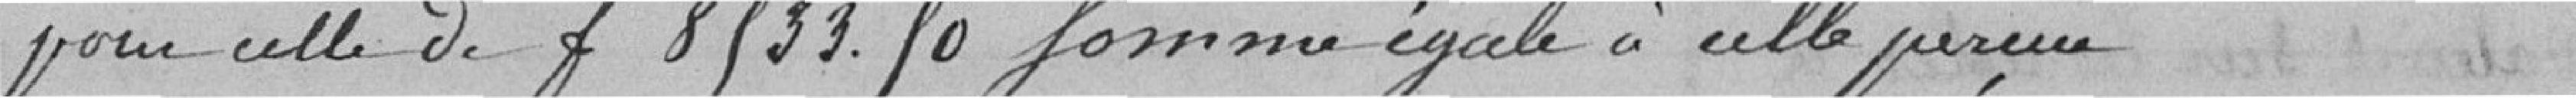
pour celle de 8.533,90 francs, somme égale à celle perçue